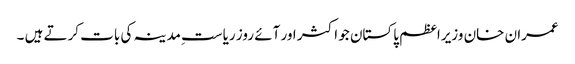
عمران خان وزیراعظم پاکستان جو اکثر اور آئے روز ریاست ِمدینہ کی بات کرتے ہیں ۔